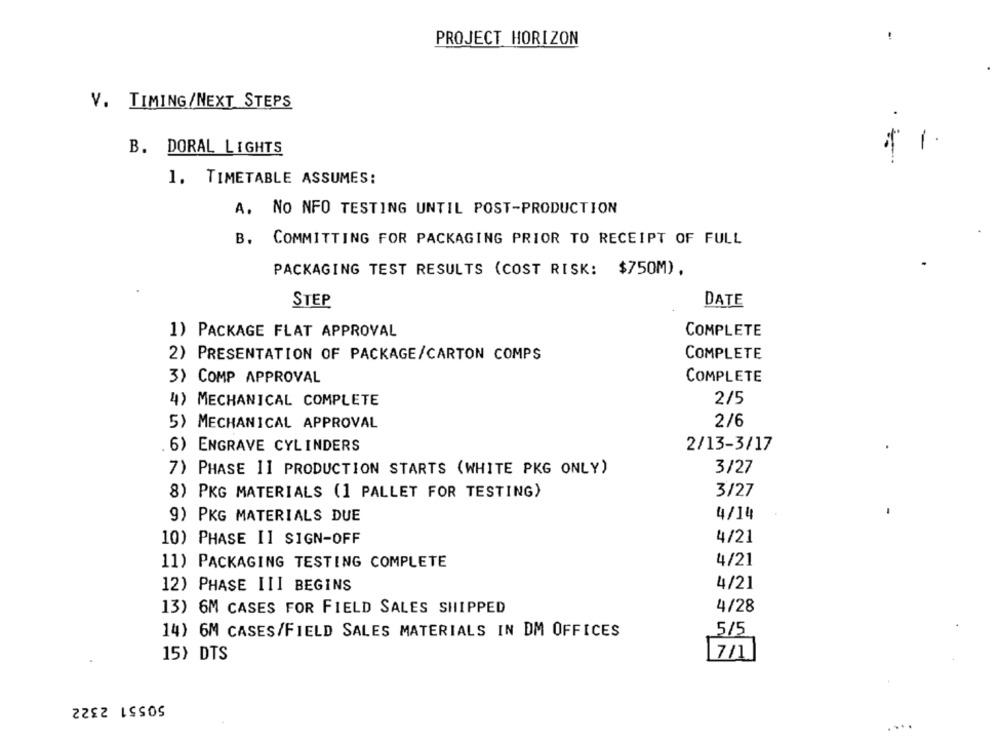
PROJECT HORIZON
V. TIMING/NEXT STEPS
B. DORAL LIGHTS
1. TIMETABLE ASSUMES:
A. NO NFO TESTING UNTIL POST-PRODUCTION
B. COMMITTING FOR PACKAGING PRIOR TO RECEIPT OF FULL
PACKAGING TEST RESULTS (COST RISK: $750M),
STEP
DATE
1) PACKAGE FLAT APPROVAL
COMPLETE
2) PRESENTATION OF PACKAGE/CARTON COMPS
COMPLETE
COMPLETE
3) COMP APPROVAL
2/5
4) MECHANICAL COMPLETE
2/6
5) MECHANICAL APPROVAL
6) ENGRAVE CYLINDERS
2/13-3/17
7) PHASE II PRODUCTION STARTS (WHITE PKG ONLY)
3/27
8) PKG MATERIALS (1 PALLET FOR TESTING)
3/27
9) PKG MATERIALS DUE
4/14
10) PHASE II SIGN-OFF
4/21
11) PACKAGING TESTING COMPLETE
4/21
4/21
12) PHASE III BEGINS
4/28
13) 6M CASES FOR FIELD SALES SHIPPED
5/5
14) 6M CASES/FIELD SALES MATERIALS IN DM OFFICES
15} DTS
7/1
50551 2322
....